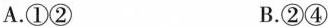
A.①② B.②④